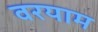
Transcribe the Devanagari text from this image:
वरयाम